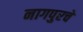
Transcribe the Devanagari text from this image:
नागपुरचे